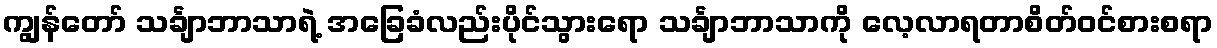
ကျွန်တော် သင်္ချာဘာသာရဲ့ အခြေခံလည်းပိုင်သွားရော သင်္ချာဘာသာကို လေ့လာရတာစိတ်ဝင်စားစရာ